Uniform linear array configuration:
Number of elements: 48
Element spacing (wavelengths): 0.75
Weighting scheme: hamming
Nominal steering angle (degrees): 45
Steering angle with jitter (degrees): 43.143
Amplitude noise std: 0.05
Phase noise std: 0.05

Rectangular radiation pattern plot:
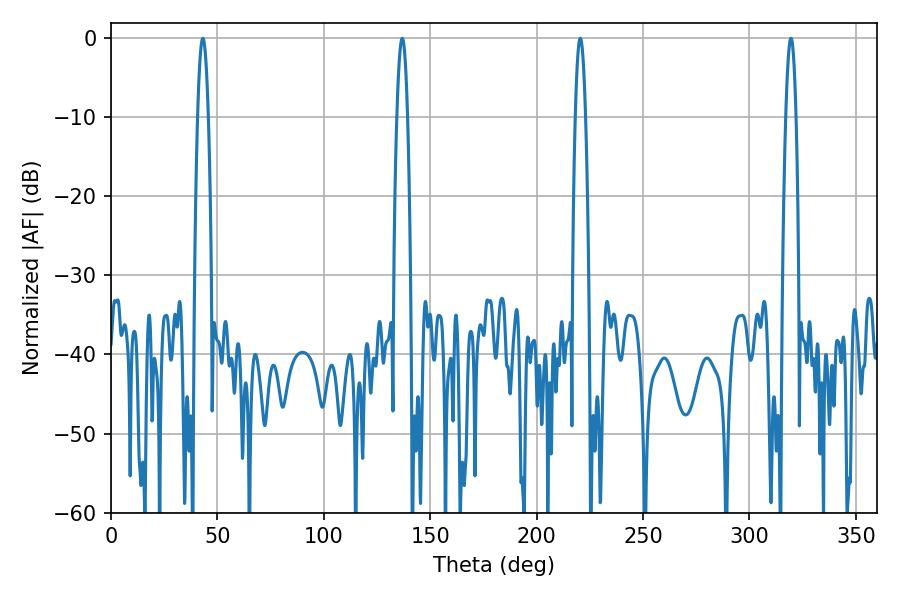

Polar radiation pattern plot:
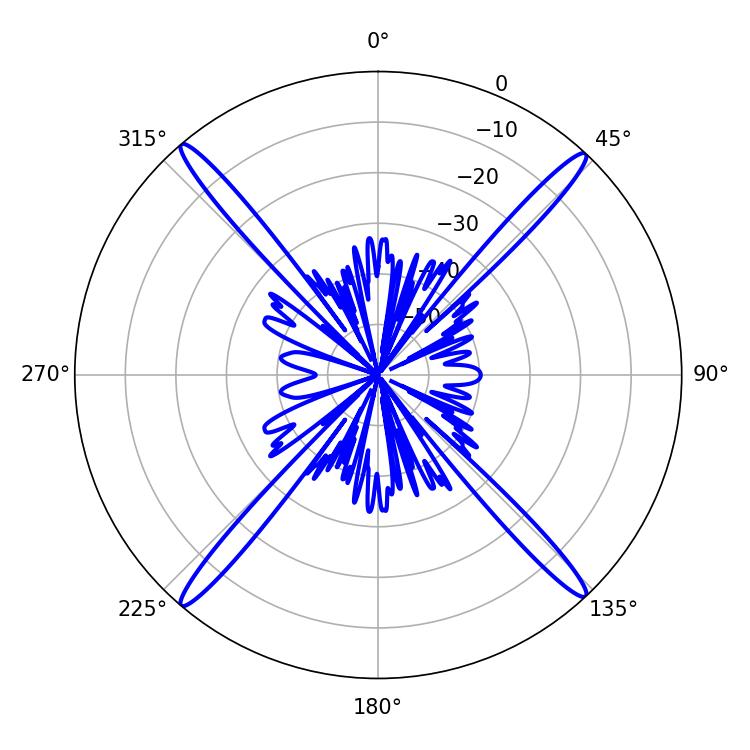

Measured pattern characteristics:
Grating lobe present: TRUE
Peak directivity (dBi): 24.993
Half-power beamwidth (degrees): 2.52
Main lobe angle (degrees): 319.5